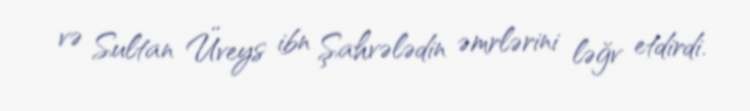
və Sultan Üveys ibn Şahvələdin əmrlərini ləğv etdirdi.